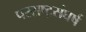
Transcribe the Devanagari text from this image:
परराष्ट्रसंघर्ष